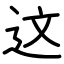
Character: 这